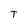
Character: T